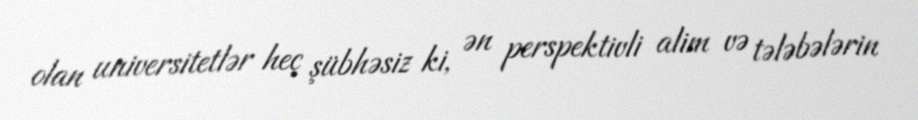
olan universitetlər heç şübhəsiz ki, ən perspektivli alim və tələbələrin